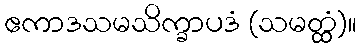
ဧကာဒသမသိက္ခာပဒံ (သမတ္ထံ)။